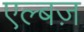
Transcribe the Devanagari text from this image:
एल्बज़